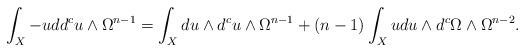
LaTeX: \begin{align*}\int_X -u dd^c u \wedge \Omega^{n-1}=\int_X du \wedge d^c u \wedge \Omega^{n-1}+ (n-1)\int_X u du \wedge d^c \Omega \wedge \Omega^{n-2}.\end{align*}